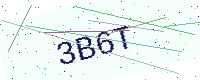
Text: 3B6T